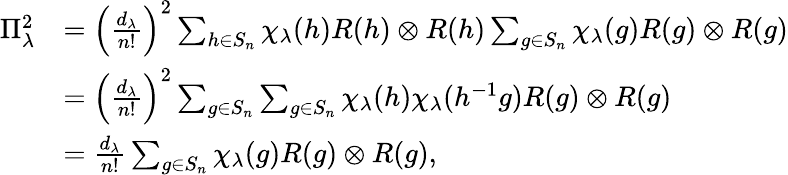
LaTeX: \begin{array}{rl}{\Pi_{\lambda}^{2}}&{=\left(\frac{d_{\lambda}}{n!}\right)^{2}\sum_{h\in S_{n}}\chi_{\lambda}(h)R(h)\otimes R(h)\sum_{g\in S_{n}}\chi_{\lambda}(g)R(g)\otimes R(g)}\\ &{=\left(\frac{d_{\lambda}}{n!}\right)^{2}\sum_{g\in{S_{n}}}\sum_{g\in{S_{n}}}\chi_{\lambda}(h)\chi_{\lambda}(h^{-1}g)R(g)\otimes R(g)}\\ &{={\frac{d_{\lambda}}{n!}}\sum_{g\in S_{n}}\chi_{\lambda}(g)R(g)\otimes R(g),}\end{array}